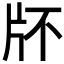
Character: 𤖯